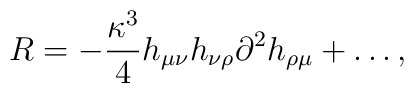
R=-\frac{\kappa^3}4h_{\mu\nu}h_{\nu\rho}\partial^2h_{\rho\mu}+\ldots,